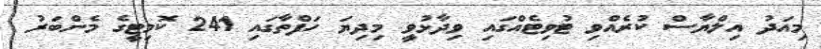
މިއަދު އިލްޔާސް ކުރެއްވި ޓުވިޓެއްގައި ވިދާޅުވީ މިދިޔަ ހަފްތާގައި 241 ކޮމިޓީގެ މެންބަރު